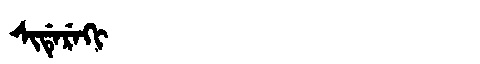
Manchu: ᠰᡳᡩᡝᡵᡝᡴᡳ
Romanization: SIDEREKI